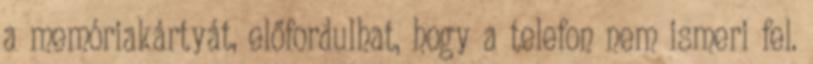
a memóriakártyát, előfordulhat, hogy a telefon nem ismeri fel.